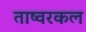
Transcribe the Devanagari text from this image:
ताष्वरकल